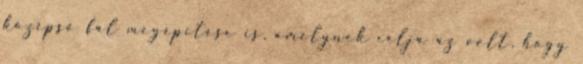
középső fal megépítése is, amelynek célja az volt, hogy